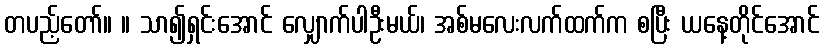
တပည့်တော်။ ။ သာ၍ရှင်းအောင် လျှောက်ပါဦးမယ်၊ အစ်မလေးလက်ထက်က စပြီး ယနေ့တိုင်အောင်